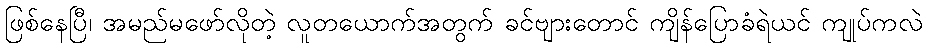
ဖြစ်နေပြီ၊ အမည်မဖော်လိုတဲ့ လူတယောက်အတွက် ခင်ဗျားတောင် ကျိန်ပြောခံရဲယင် ကျုပ်ကလဲ